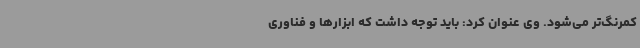
کمرنگ‌تر می‌شود. وی عنوان کرد: باید توجه داشت که ابزارها و فناوری